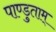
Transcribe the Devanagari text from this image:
पाण्डुताम्‌